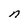
Character: n